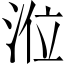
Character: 涖